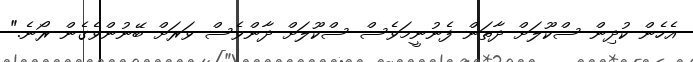
އެހެން ކުދިން ސްކޫލަށް ދާތަން ފެނުނީމަވެސް ސްކޫލަށް ދާންވެސް ވަރަށް ބޭނުންވެގެން ރޯނެ."